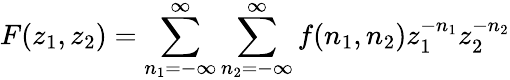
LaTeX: F(z_{1},z_{2})=\sum_{n_{1}=-\infty}^{\infty}\sum_{n_{2}=-\infty}^{\infty}f(n_{1},n_{2})z_{1}^{-n_{1}}z_{2}^{-n_{2}}